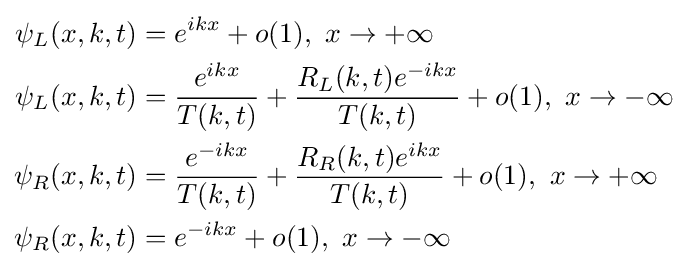
{\begin{aligned}\psi _{L}(x,k,t)&=e^{ikx}+o(1),\ x\to +\infty \\\psi _{L}(x,k,t)&={\frac {e^{ikx}}{T(k,t)}}+{\frac {R_{L}(k,t)e^{-ikx}}{T(k,t)}}+o(1),\ x\to -\infty \\\psi _{R}(x,k,t)&={\frac {e^{-ikx}}{T(k,t)}}+{\frac {R_{R}(k,t)e^{ikx}}{T(k,t)}}+o(1),\ x\to +\infty \\\psi _{R}(x,k,t)&=e^{-ikx}+o(1),\ x\to -\infty \\\end{aligned}}